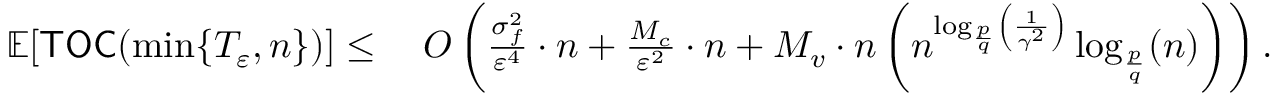
\begin{array} { r l } { \mathbb { E } [ \mathsf { T O C } ( \operatorname* { m i n } \{ T _ { \varepsilon } , n \} ) ] \leq \; } & { { \cal O } \left( \frac { \sigma _ { f } ^ { 2 } } { \varepsilon ^ { 4 } } \cdot n + \frac { M _ { c } } { \varepsilon ^ { 2 } } \cdot n + M _ { v } \cdot n \left( n ^ { \log _ { \frac { p } { q } } \left( \frac { 1 } { \gamma ^ { 2 } } \right) } \log _ { \frac { p } { q } } ( n ) \right) \right) . } \end{array}